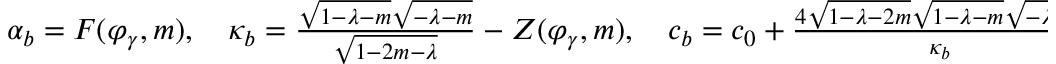
\begin{array} { r } { \alpha _ { b } = F ( \varphi _ { \gamma } , m ) , \quad \kappa _ { b } = \frac { \sqrt { 1 - \lambda - m } \sqrt { - \lambda - m } } { \sqrt { 1 - 2 m - \lambda } } - Z ( \varphi _ { \gamma } , m ) , \quad c _ { b } = c _ { 0 } + \frac { 4 \sqrt { 1 - \lambda - 2 m } \sqrt { 1 - \lambda - m } \sqrt { - \lambda - m } } { \kappa _ { b } } } \end{array}